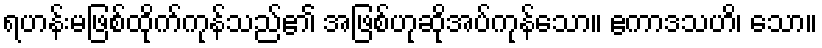
ရဟန်းမဖြစ်ထိုက်ကုန်သည်၏ အဖြစ်ဟုဆိုအပ်ကုန်သော။ ဧကာဒသဟိ၊ သော။